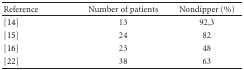
<table><thead><tr><td><b>Reference</b></td><td><b>Number of patients</b></td><td><b>Nondipper (%)</b></td></tr></thead><tbody><tr><td>[14]</td><td>13</td><td>92,3</td></tr><tr><td>[15]</td><td>24</td><td>82</td></tr><tr><td>[16]</td><td>23</td><td>48</td></tr><tr><td>[22]</td><td>38</td><td>63</td></tr></tbody></table>